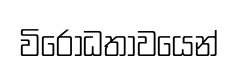
විරෝධතාවයෙන්